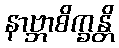
နာဗ္ဘာစိက္ခန္တိ